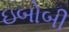
ઇબોબી